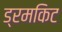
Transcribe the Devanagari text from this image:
ड्रमकिट